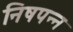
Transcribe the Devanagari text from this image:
निषपन्न